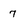
Character: 7